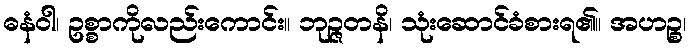
ဓနံဝါ၊ ဥစ္စာကိုလည်းကောင်း။ ဘုဉ္ဇတနိ၊ သုံးဆောင်ခံစားရ၏။ အဟဉ္စ၊